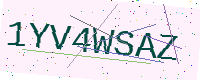
Text: 1YV4WSAZ